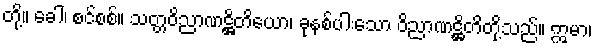
တို့။ ခေါ၊ စင်စစ်။ သတ္တဝိညာဏဋ္ဌိတိယော၊ ခုနစ်ပါးသော ဝိညာဏဋ္ဌိတိတို့သည်။ ဣမာ၊